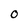
Character: O